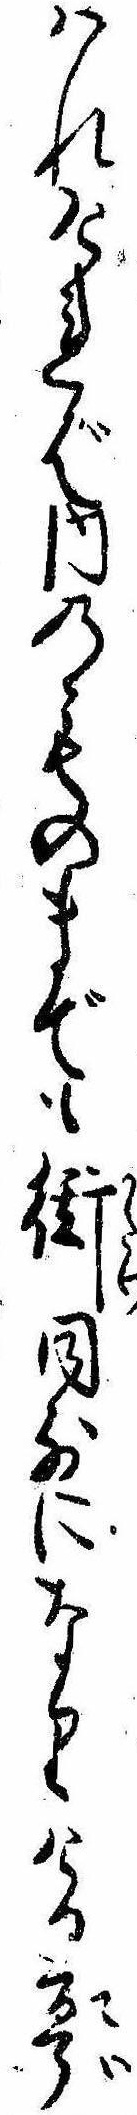
はれければ内のものまでも衒同前になりける亭